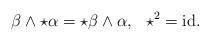
LaTeX: \begin{align*} \beta \wedge \star \alpha = \star \beta \wedge \alpha,\,\,\,\,\star^2=\textmd{id}.\end{align*}